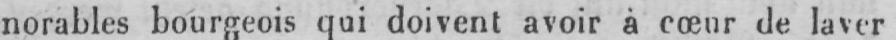
norables bourgeois qui doivent avoir à cœur de laver